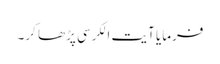
فرمایا آیت الکرسی پڑھا کر۔